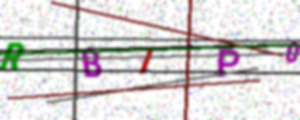
Text: RBIP0